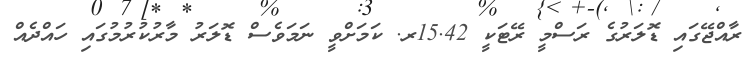
ރާއްޖޭގައި ޑޮލަރުގެ ރަސްމީ ރޭޓަކީ 15.42ރ. ކަމަށްވީ ނަމަވެސް ޑޮލަރު މާރުކުރުމުގައި ހައްދެއް